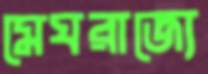
মেঘরাজ্যে